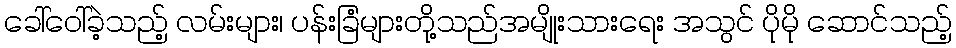
ခေါ်ဝေါ်ခဲ့သည့် လမ်းများ၊ ပန်းခြံများတို့သည်အမျိုးသားရေး အသွင် ပိုမို ဆောင်သည့်